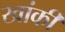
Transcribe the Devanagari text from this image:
खांकी